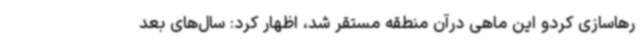
رهاسازی کردو این ماهی درآن منطقه مستقر شد، اظهار کرد: سال‌های بعد